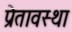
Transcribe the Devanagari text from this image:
प्रेतावस्था